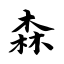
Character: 森